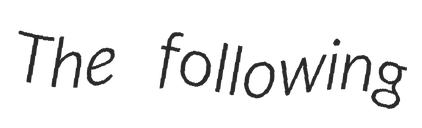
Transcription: The following